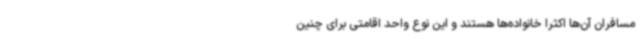
مسافران آن‌ها اکثرا خانواده‌ها هستند و این نوع واحد اقامتی برای چنین